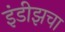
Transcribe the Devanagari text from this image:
इंडीझचा